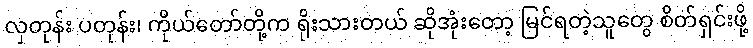
လှတုန်း ပတုန်း၊ ကိုယ်တော်တို့က ရိုးသားတယ် ဆိုအုံးတော့ မြင်ရတဲ့သူတွေ စိတ်ရှင်းဖို့